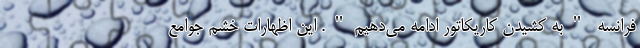
فرانسه "به کشیدن کاریکاتور ادامه می‌دهیم". این اظهارات خشم جوامع